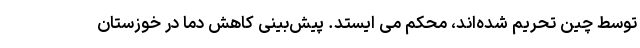
توسط چین تحریم شده‌اند، محکم می ایستد. پیش‌بینی کاهش دما در خوزستان